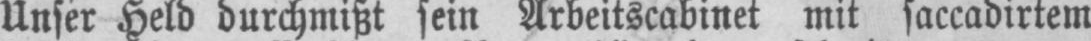
Unser Held durchmißt sein Arbeitscabinet mit saccadirtem